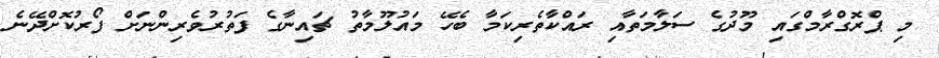
މި ޕްރޮގްރާމްގައި މޫދުގެ ސަލާމަތާއި ރައްކާތެރިކަމާ ބެހޭ މައުލޫމާތު ޗައިނާގެ ފަތުރުވެރިންނަށް ފޯރުކޮށްދޭނެ